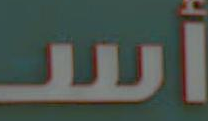
wi